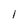
Character: 1